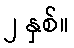
၂ နှစ်။